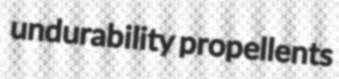
undurability propellents